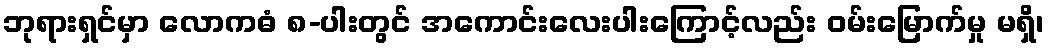
ဘုရားရှင်မှာ လောကဓံ ၈-ပါးတွင် အကောင်းလေးပါးကြောင့်လည်း ဝမ်းမြောက်မှု မရှိ၊